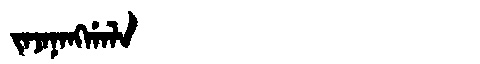
Manchu: ᠵᠠᠵᠠᠨᠠᠩᡤᠠᠯᠠ
Romanization: JAJANANGGALA